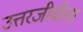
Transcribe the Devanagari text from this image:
उत्तरजीवीता